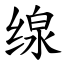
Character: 缐